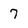
Character: 7